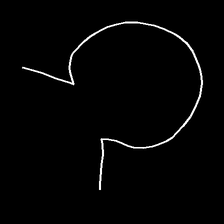
Glyph: weave